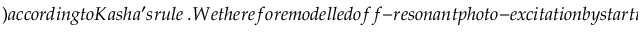
) a c c o r d i n g t o K a s h a ^ { \prime } s r u l e ~ . W e t h e r e f o r e m o d e l l e d o f f - r e s o n a n t p h o t o - e x c i t a t i o n b y s t a r t i n g t h e s i m u l a t i o n s d i r e c t l y i n t h e S